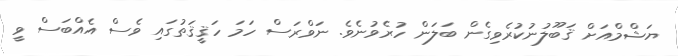
ޔަޝްމްއަށް ޤަބޫލުނުކުރެވިގެން ބަލަން ހުރެވުނެވެ. ނަވްރަސް ހަމަ ހަޤީޤަތުގައި ވެސް އެއްބަސް ވީ